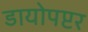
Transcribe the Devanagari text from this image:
डायोपप्टर